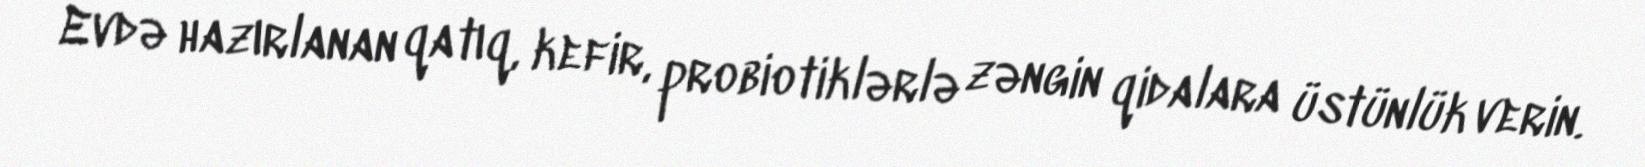
Evdə hazırlanan qatıq, kefir, probiotiklərlə zəngin qidalara üstünlük verin.